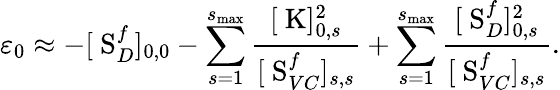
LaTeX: \varepsilon_{0}\approx-[\mathrm{\mathbf~S}_{D}^{f}]_{0,0}-\sum_{s=1}^{s_{\mathrm{max}}}\frac{[\mathrm{\mathbf~K}]_{0,s}^{2}}{[\mathrm{\mathbf~S}_{VC}^{f}]_{s,s}}+\sum_{s=1}^{s_{\mathrm{max}}}\frac{[\mathrm{\mathbf~S}_{D}^{f}]_{0,s}^{2}}{[\mathrm{\mathbf~S}_{VC}^{f}]_{s,s}}.